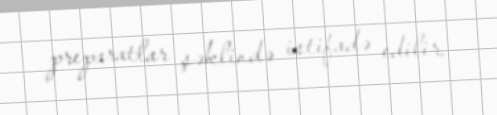
preparatlar şəklində istifadə edilir.